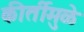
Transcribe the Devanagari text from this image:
कीर्तीमुळे